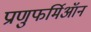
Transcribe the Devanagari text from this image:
प्राणुफर्मिऑन